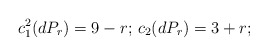
\begin{align*}c_1^2(dP_r)=9-r;\,c_2(dP_r)=3+r;\end{align*}